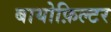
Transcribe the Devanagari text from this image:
बायोफ़िल्टर